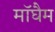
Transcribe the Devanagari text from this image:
मॉघैम